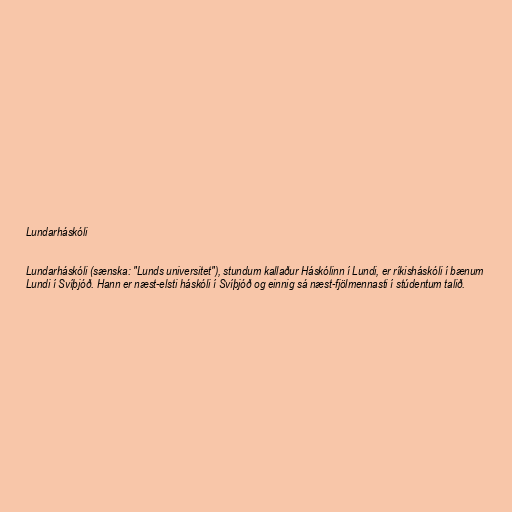
Lundarháskóli

Lundarháskóli (sænska: "Lunds universitet"), stundum kallaður Háskólinn í Lundi, er ríkisháskóli í bænum
Lundi í Svíþjóð. Hann er næst-elsti háskóli í Svíþjóð og einnig sá næst-fjölmennasti í stúdentum talið.